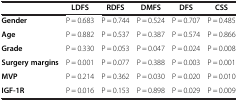
|  | LDFS | RDFS | DMFS | DFS | CSS |
 | --- | --- | --- | --- | --- | --- |
 | Gender | P = 0.683 | P = 0.744 | P = 0.524 | P = 0.707 | P = 0.485 |
 | Age | P = 0.882 | P = 0.537 | P = 0.387 | P = 0.574 | P = 0.866 |
 | Grade | P = 0.330 | P = 0.053 | P = 0.047 | P = 0.024 | P = 0.008 |
 | Surgery margins | P = 0.001 | P = 0.077 | P = 0.388 | P = 0.003 | P = 0.001 |
 | MVP | P = 0.214 | P = 0.362 | P = 0.030 | P = 0.020 | P = 0.010 |
 | IGF-1R | P = 0.016 | P = 0.153 | P = 0.898 | P = 0.029 | P = 0.009 |